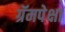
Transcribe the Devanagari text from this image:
ग्रॅमपेक्षा